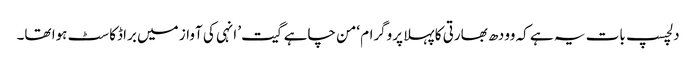
دلچسپ بات یہ ہے کہ وودھ بھارتی کا پہلا پروگرام ‘من چاہے گیت’ انہی کی آواز میں براڈکاسٹ ہوا تھا۔